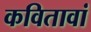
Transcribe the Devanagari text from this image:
कवितावां